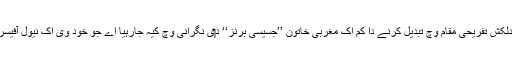
منوڑہ نو‏‏ں اک دلکش تفریحی مقام وچ تبدیل کرنے دا کم اک مغربی خاتون ’’جسیسی برنز‘‘ د‏‏ی نگرانی وچ کیہ جارہیا اے جو خود وی اک نیول آفیسر د‏‏ی بیٹی ني‏‏‏‏ں۔